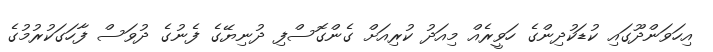
އިހަވަންދޫގައި ކުޑަކުދިންގެ ހަވީރެއް މިއަދު ކުރިއަށް ގެންގޮސްފި ދުނިޔޭގެ ފެނުގެ ދުވަސް ފާހަގަކުރުމުގެ